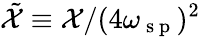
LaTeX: \tilde{\mathcal{X}}\equiv\mathcal{X}/(4\omega_{\mathrm{~s~p~}})^{2}